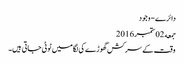
دائرے - وجود
جمعه 02 ستمبر 2016
وقت کے سرکش گھوڑے کی لگامیں ٹوٹی جاتی ہیں۔